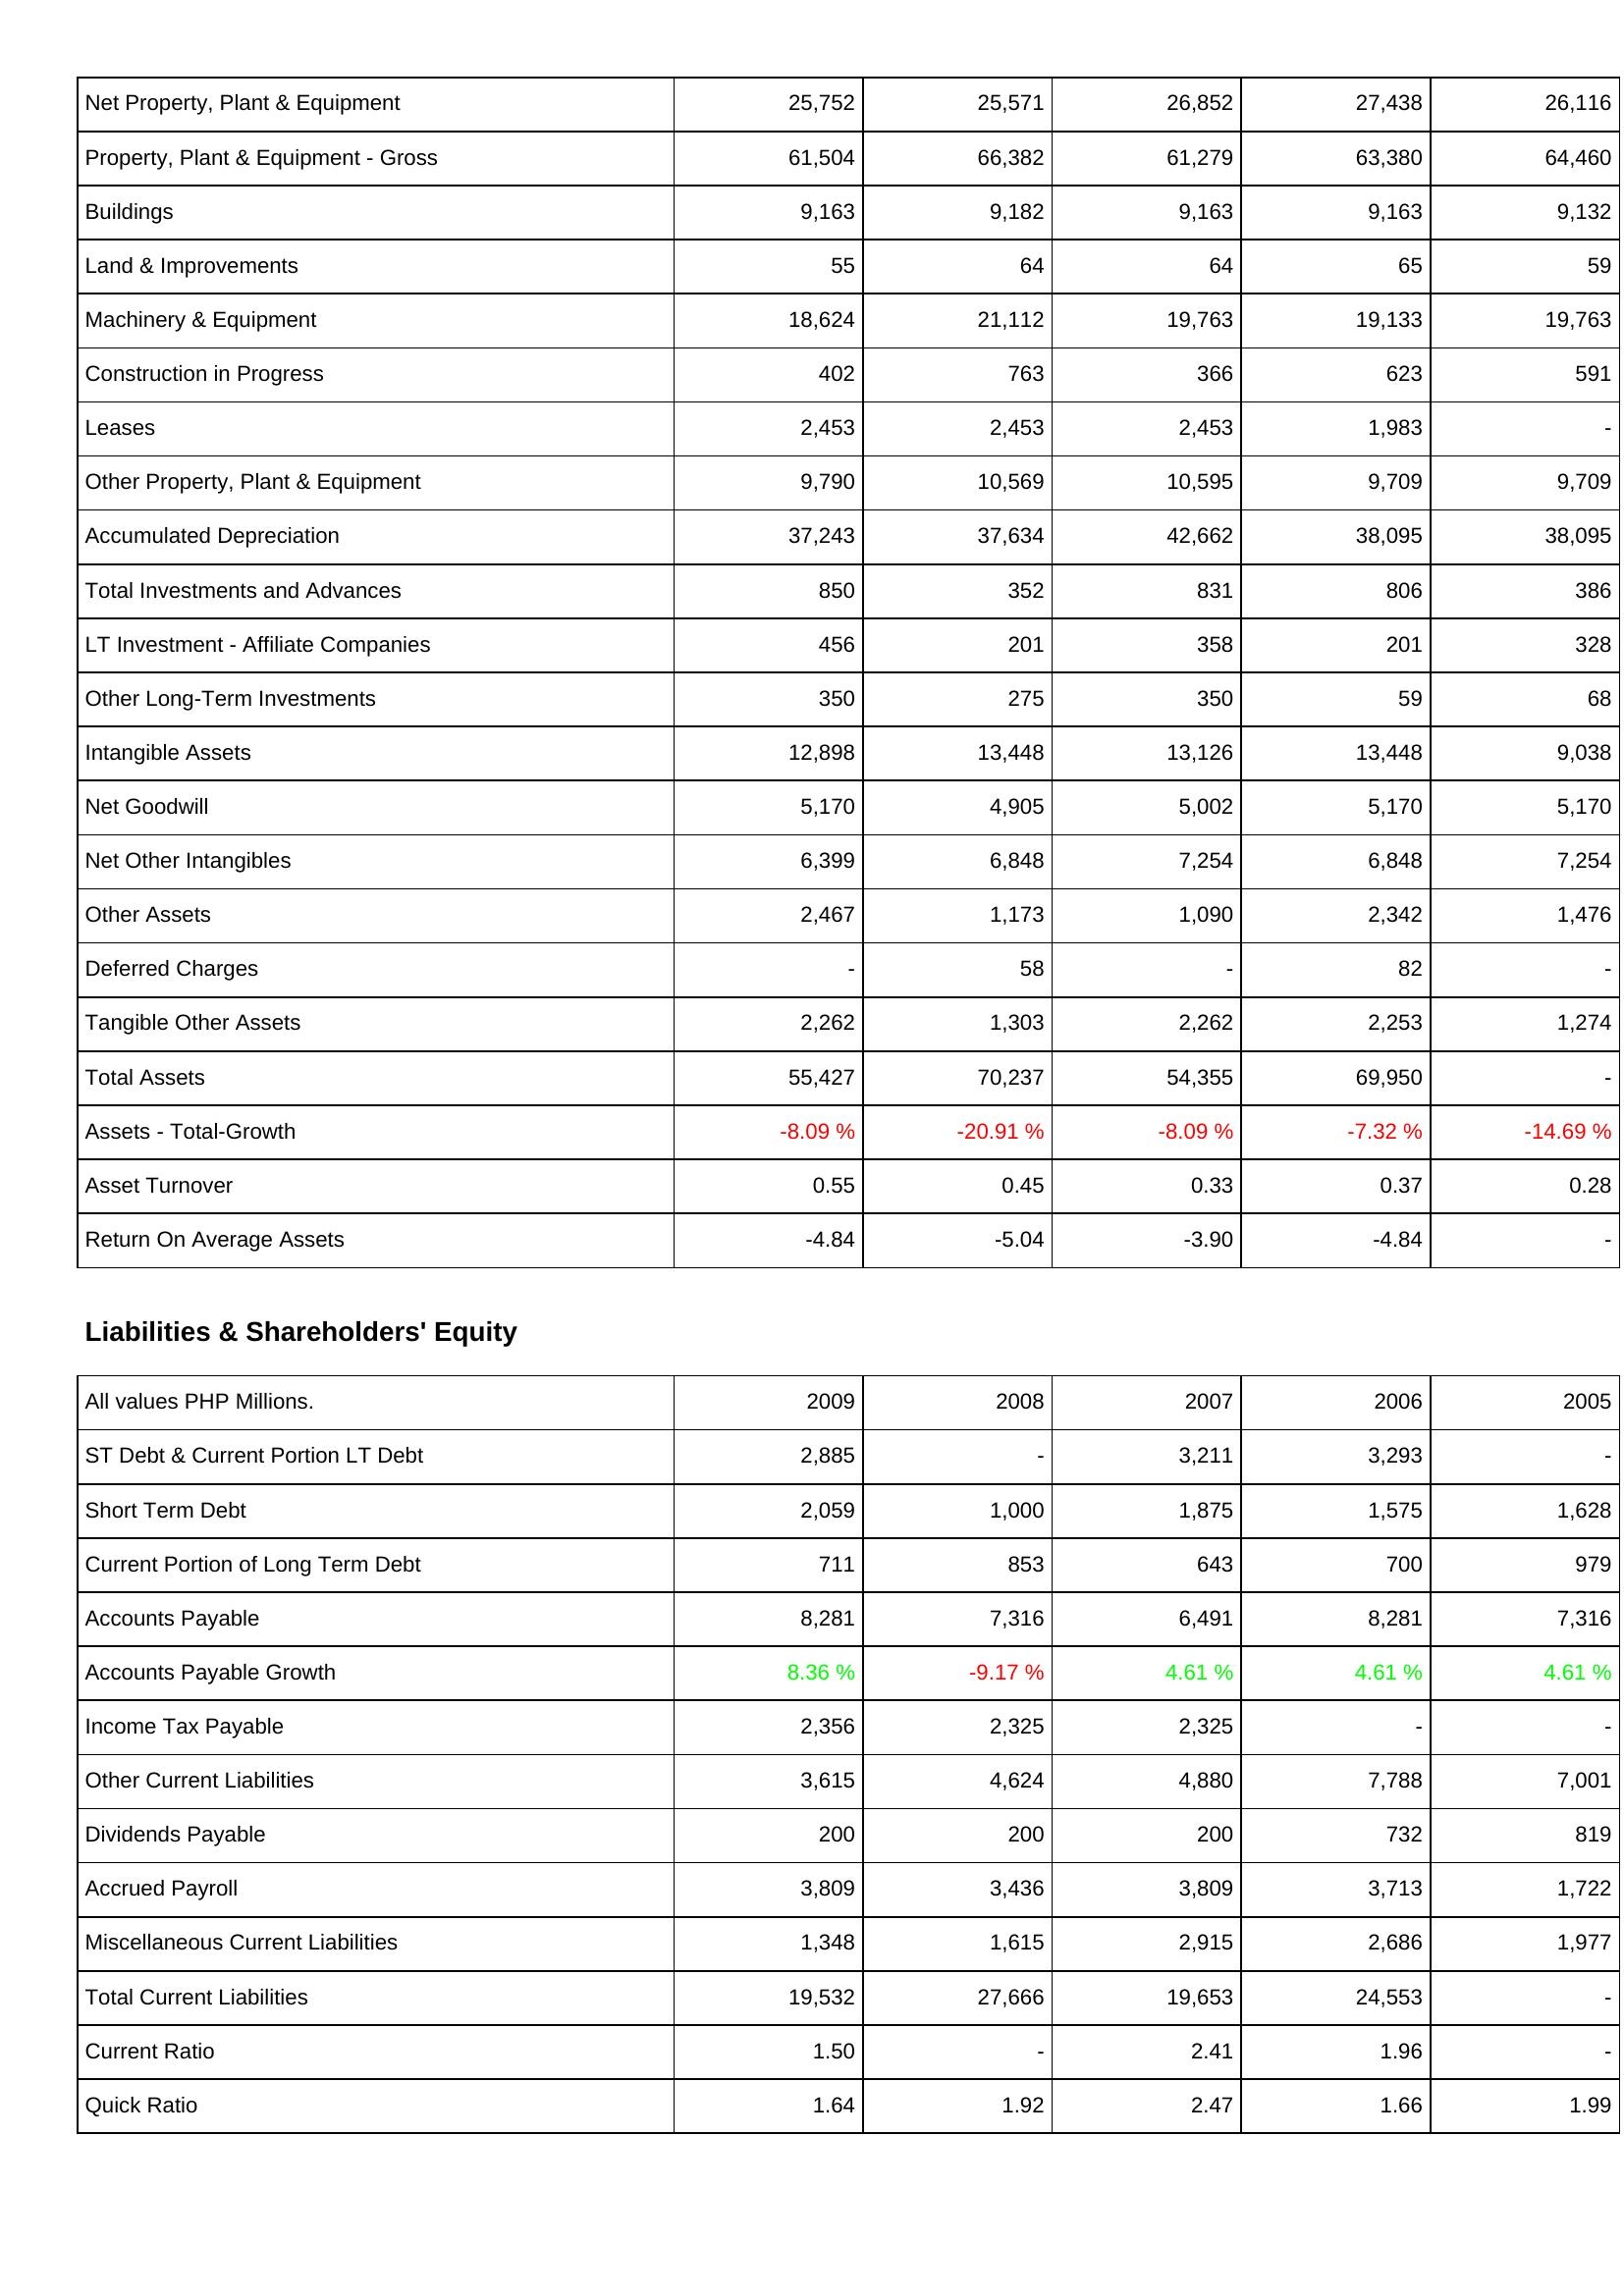
2009: Assets: Net Property, Plant & Equipment: 25,752
Property, Plant & Equipment - Gross: 61,504
Buildings: 9,163
Land & Improvements: 55
Machinery & Equipment: 18,624
Construction in Progress: 402
Leases: 2,453
Other Property, Plant & Equipment: 9,790
Accumulated Depreciation: 37,243
Total Investments and Advances: 850
LT Investment - Affiliate Companies: 456
Other Long-Term Investments: 350
Intangible Assets: 12,898
Net Goodwill: 5,170
Net Other Intangibles: 6,399
Other Assets: 2,467
Deferred Charges: -
Tangible Other Assets: 2,262
Total Assets: 55,427
Assets - Total-Growth: -8.09 %
Asset Turnover: 0.55
Return On Average Assets: -4.84
Liabilities & Shareholders' Equity: ST Debt & Current Portion LT Debt: 2,885
Short Term Debt: 2,059
Current Portion of Long Term Debt: 711
Accounts Payable: 8,281
Accounts Payable Growth: 8.36 %
Income Tax Payable: 2,356
Other Current Liabilities: 3,615
Dividends Payable: 200
Accrued Payroll: 3,809
Miscellaneous Current Liabilities: 1,348
Total Current Liabilities: 19,532
Current Ratio: 1.50
Quick Ratio: 1.64
2008: Assets: Net Property, Plant & Equipment: 25,571
Property, Plant & Equipment - Gross: 66,382
Buildings: 9,182
Land & Improvements: 64
Machinery & Equipment: 21,112
Construction in Progress: 763
Leases: 2,453
Other Property, Plant & Equipment: 10,569
Accumulated Depreciation: 37,634
Total Investments and Advances: 352
LT Investment - Affiliate Companies: 201
Other Long-Term Investments: 275
Intangible Assets: 13,448
Net Goodwill: 4,905
Net Other Intangibles: 6,848
Other Assets: 1,173
Deferred Charges: 58
Tangible Other Assets: 1,303
Total Assets: 70,237
Assets - Total-Growth: -20.91 %
Asset Turnover: 0.45
Return On Average Assets: -5.04
Liabilities & Shareholders' Equity: ST Debt & Current Portion LT Debt: -
Short Term Debt: 1,000
Current Portion of Long Term Debt: 853
Accounts Payable: 7,316
Accounts Payable Growth: -9.17 %
Income Tax Payable: 2,325
Other Current Liabilities: 4,624
Dividends Payable: 200
Accrued Payroll: 3,436
Miscellaneous Current Liabilities: 1,615
Total Current Liabilities: 27,666
Current Ratio: -
Quick Ratio: 1.92
2007: Assets: Net Property, Plant & Equipment: 26,852
Property, Plant & Equipment - Gross: 61,279
Buildings: 9,163
Land & Improvements: 64
Machinery & Equipment: 19,763
Construction in Progress: 366
Leases: 2,453
Other Property, Plant & Equipment: 10,595
Accumulated Depreciation: 42,662
Total Investments and Advances: 831
LT Investment - Affiliate Companies: 358
Other Long-Term Investments: 350
Intangible Assets: 13,126
Net Goodwill: 5,002
Net Other Intangibles: 7,254
Other Assets: 1,090
Deferred Charges: -
Tangible Other Assets: 2,262
Total Assets: 54,355
Assets - Total-Growth: -8.09 %
Asset Turnover: 0.33
Return On Average Assets: -3.90
Liabilities & Shareholders' Equity: ST Debt & Current Portion LT Debt: 3,211
Short Term Debt: 1,875
Current Portion of Long Term Debt: 643
Accounts Payable: 6,491
Accounts Payable Growth: 4.61 %
Income Tax Payable: 2,325
Other Current Liabilities: 4,880
Dividends Payable: 200
Accrued Payroll: 3,809
Miscellaneous Current Liabilities: 2,915
Total Current Liabilities: 19,653
Current Ratio: 2.41
Quick Ratio: 2.47
2006: Assets: Net Property, Plant & Equipment: 27,438
Property, Plant & Equipment - Gross: 63,380
Buildings: 9,163
Land & Improvements: 65
Machinery & Equipment: 19,133
Construction in Progress: 623
Leases: 1,983
Other Property, Plant & Equipment: 9,709
Accumulated Depreciation: 38,095
Total Investments and Advances: 806
LT Investment - Affiliate Companies: 201
Other Long-Term Investments: 59
Intangible Assets: 13,448
Net Goodwill: 5,170
Net Other Intangibles: 6,848
Other Assets: 2,342
Deferred Charges: 82
Tangible Other Assets: 2,253
Total Assets: 69,950
Assets - Total-Growth: -7.32 %
Asset Turnover: 0.37
Return On Average Assets: -4.84
Liabilities & Shareholders' Equity: ST Debt & Current Portion LT Debt: 3,293
Short Term Debt: 1,575
Current Portion of Long Term Debt: 700
Accounts Payable: 8,281
Accounts Payable Growth: 4.61 %
Income Tax Payable: -
Other Current Liabilities: 7,788
Dividends Payable: 732
Accrued Payroll: 3,713
Miscellaneous Current Liabilities: 2,686
Total Current Liabilities: 24,553
Current Ratio: 1.96
Quick Ratio: 1.66
2005: Assets: Net Property, Plant & Equipment: 26,116
Property, Plant & Equipment - Gross: 64,460
Buildings: 9,132
Land & Improvements: 59
Machinery & Equipment: 19,763
Construction in Progress: 591
Leases: -
Other Property, Plant & Equipment: 9,709
Accumulated Depreciation: 38,095
Total Investments and Advances: 386
LT Investment - Affiliate Companies: 328
Other Long-Term Investments: 68
Intangible Assets: 9,038
Net Goodwill: 5,170
Net Other Intangibles: 7,254
Other Assets: 1,476
Deferred Charges: -
Tangible Other Assets: 1,274
Total Assets: -
Assets - Total-Growth: -14.69 %
Asset Turnover: 0.28
Return On Average Assets: -
Liabilities & Shareholders' Equity: ST Debt & Current Portion LT Debt: -
Short Term Debt: 1,628
Current Portion of Long Term Debt: 979
Accounts Payable: 7,316
Accounts Payable Growth: 4.61 %
Income Tax Payable: -
Other Current Liabilities: 7,001
Dividends Payable: 819
Accrued Payroll: 1,722
Miscellaneous Current Liabilities: 1,977
Total Current Liabilities: -
Current Ratio: -
Quick Ratio: 1.99